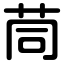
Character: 茼